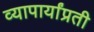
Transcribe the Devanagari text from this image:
व्यापार्यांप्रती